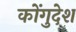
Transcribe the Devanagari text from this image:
कोंगुदेश